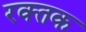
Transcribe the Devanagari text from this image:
रक्‍तक